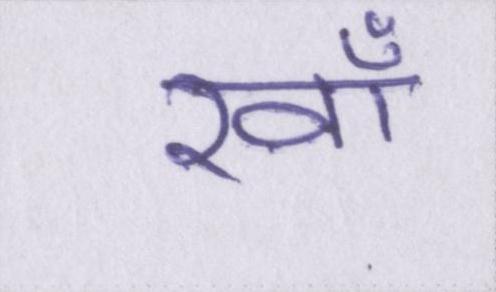
रवाँ